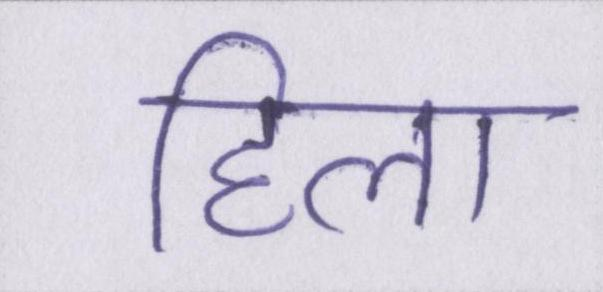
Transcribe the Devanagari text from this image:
हिला